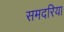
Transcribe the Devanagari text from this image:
समदरिया